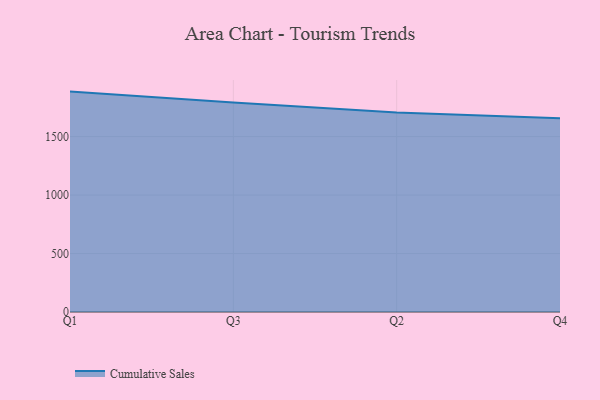
{"axis": {"x": "Quarter", "y": "Active Users"}, "legend": ["Cumulative Sales"], "data": [{"x": "Q1", "y": 1884.6, "type": "Cumulative Sales"}, {"x": "Q3", "y": 1791.7, "type": "Cumulative Sales"}, {"x": "Q2", "y": 1705.4, "type": "Cumulative Sales"}, {"x": "Q4", "y": 1656.0, "type": "Cumulative Sales"}]}